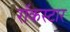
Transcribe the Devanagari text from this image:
रॉकस्‍टार